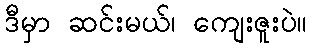
ဒီမှာ ဆင်းမယ်၊ ကျေးဇူးပဲ။